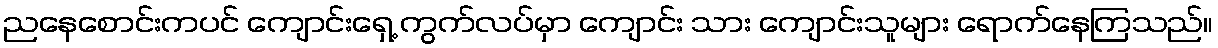
ညနေစောင်းကပင် ကျောင်းရှေ့ ကွက်လပ်မှာ ကျောင်း သား ကျောင်းသူများ ရောက်နေကြသည်။